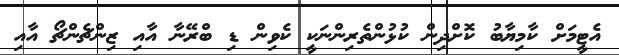
އެޓީމަށް ކާމިޔާބު ކޮށްދިން ކުޅުންތެރިންނަކީ ކެވިން ޑި ބްރޭނާ އާއި ޒިންޗެންޗޯ އާއި